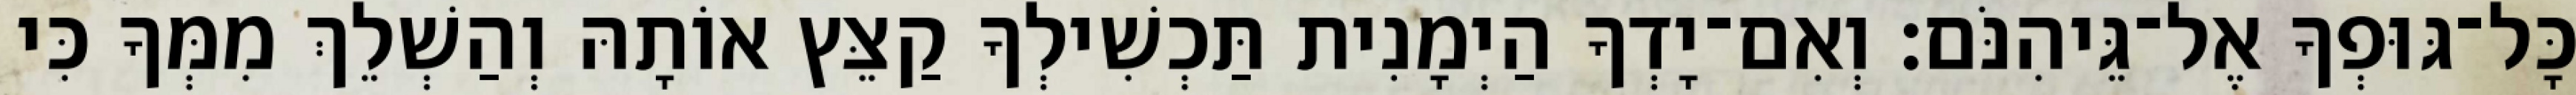
כָּל־גּוּפְךָ אֶל־גֵּיהִנֹּם׃ וְאִם־יָדְךָ הַיְמָנִית תַּכְשִׁילְךָ קַצֵּץ אוֹתָהּ וְהַשְׁלֵךְ מִמְּךָ כִּי